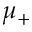
\mu _ { + }